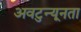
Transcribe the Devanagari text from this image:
अवटुन्यूनता